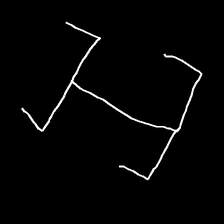
Glyph: entwine